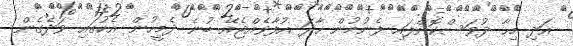
އަދި މިހާ ދުވަސްކޮށްފައި ފެނުމުން ހާދަ އުފާވެއްޖެއޭ ބުނެ ދެމީހުން އެކުގައި ވަދެގެން